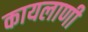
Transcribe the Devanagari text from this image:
कायलाणी